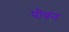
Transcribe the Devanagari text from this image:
पीवन